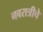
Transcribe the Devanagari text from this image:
नवरात्रीचे